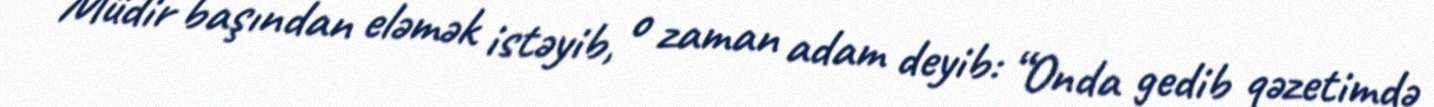
Müdir başından eləmək istəyib, o zaman adam deyib: “Onda gedib qəzetimdə